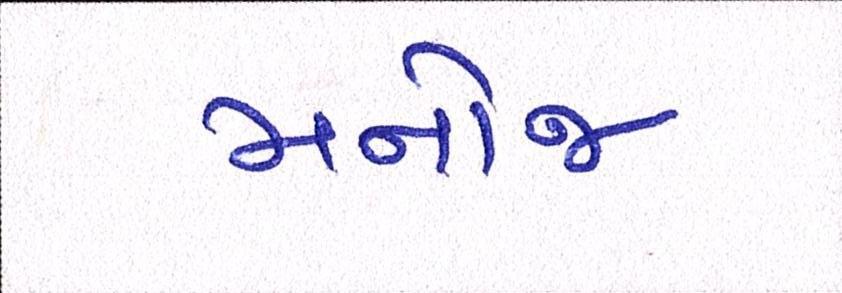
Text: મનોજ